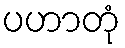
ပဟာတုံ